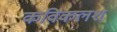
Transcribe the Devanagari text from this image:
कविकलश